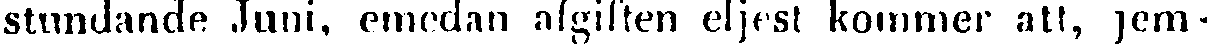
stundande Juni, emedan afgiften eljest kommer att, jem-